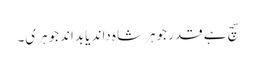
سچ ہے قدر جوہر شاہ داند یا بداند جوہری۔